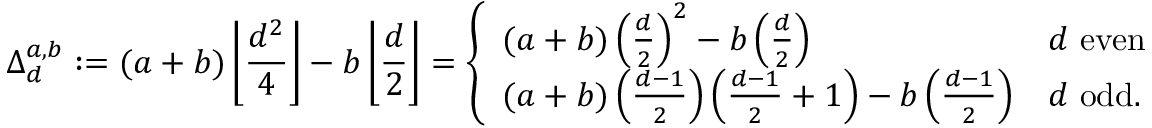
\Delta _ { d } ^ { a , b } : = ( a + b ) \left\lfloor \frac { d ^ { 2 } } { 4 } \right\rfloor - b \left\lfloor \frac { d } 2 \right\rfloor = \left\{ \begin{array} { l l } { ( a + b ) \left( \frac { d } { 2 } \right) ^ { 2 } - b \left( \frac { d } 2 \right) } & { d \mathrm { ~ e v e n } } \\ { ( a + b ) \left( \frac { d - 1 } { 2 } \right) \left( \frac { d - 1 } { 2 } + 1 \right) - b \left( \frac { d - 1 } 2 \right) } & { d \mathrm { ~ o d d } . } \end{array} \right.